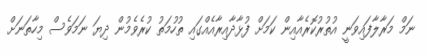
ނަމް މަރާލާފައިވަނީ އުތުރުކޮރެއާއިން ކަމަށް ފުޅާދާއިރާއެއްގައި ތުހުމަތު ކުރެވެމުން ދިޔަ ނަމަވެސް މިހާތަނަށް